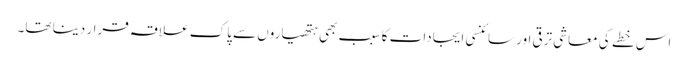
اس خطے کی معاشی ترقی اور سائنسی ایجادات کا سبب بھی ہتھیاروں سے پاک علاقہ قرار دینا تھا۔